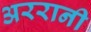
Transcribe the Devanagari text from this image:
अररानी